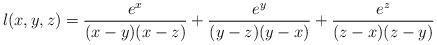
LaTeX: \begin{align*}l(x,y,z)=\frac{e^x}{(x-y)(x-z)}+\frac{e^y}{(y-z)(y-x)}+\frac{e^z}{(z-x)(z-y)}\end{align*}